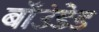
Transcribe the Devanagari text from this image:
बॉउंडेड